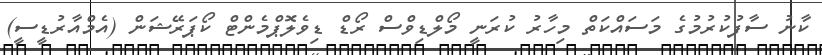
ކާނު ސާފުކުރުމުގެ މަސައްކަތް މިހާރު ކުރަނީ މޯލްޑިވްސް ރޯޑް ޑިވެލޮޕްމެންޓް ކޯޕަރޭޝަން (އެމްއާރުޑީސީ)